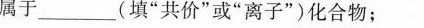
属于______(填”共价”或”离子”)化合物；